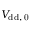
V _ { \mathrm { { d d } , \, 0 } }